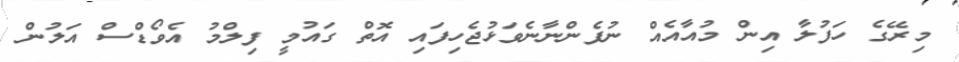
މިރޭގެ ހަފުލާ އިން މުއާއެއް ނުފެންނާނެވަޅުޖެހިފައި އޮތް ގައުމީ ފިލްމު އެވޯޑްސް އަލުން